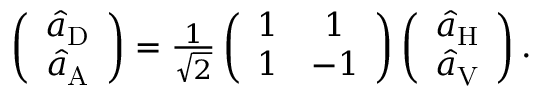
\begin{array} { r } { \left( \begin{array} { c } { \hat { a } _ { \mathrm { D } } } \\ { \hat { a } _ { \mathrm { A } } } \end{array} \right) = \frac { 1 } { \sqrt { 2 } } \left( \begin{array} { c c } { 1 } & { 1 } \\ { 1 } & { - 1 } \end{array} \right) \left( \begin{array} { c } { \hat { a } _ { \mathrm { H } } } \\ { \hat { a } _ { \mathrm { V } } } \end{array} \right) . } \end{array}